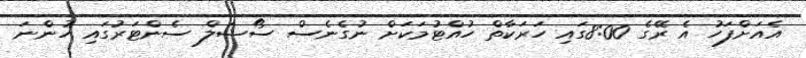
އެއަށްފަހު އެ ރޭގެ 8:00ގައި ހަރަކާތް ހުއްޓުމަކަށް ނުގެނެސް ސޯޝަލް ސެންޓަރުގައި ހުންނަ